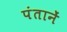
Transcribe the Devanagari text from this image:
पंतानें